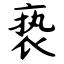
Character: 亵